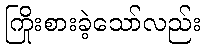
ကြိုးစားခဲ့သော်လည်း